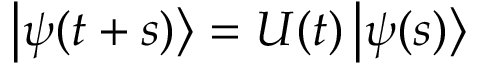
\left| \psi ( t + s ) \right\rangle = U ( t ) \left| \psi ( s ) \right\rangle